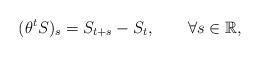
LaTeX: \begin{align*}(\theta^tS)_s=S_{t+s}-S_t,\qquad\forall s\in\mathbb{R},\end{align*}